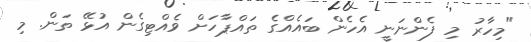
"މިހާރު މި ފެންނަނީ އެހެން ބައެއްގެ ތައްޕާހަށް ވެއްޓިގެން އުޅޭ ތަން. މި